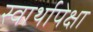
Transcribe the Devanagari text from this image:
स्वार्थापेक्षा